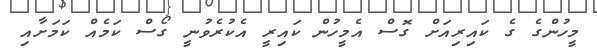
މީހުންގެ ގެ ކައިރިއަށް ގޮސް އެމީހުން ކައިރީ އެކުރެވުނީ ގޯސް ކަމެއް ކަމަށާއި